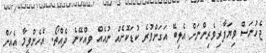
ޖެހުނަސް ވިޔަފާރިވެރިންނަށް އެލިބޭ އަގަށްވުރެ ކުޑަކޮށެއް ނުއެއް ވިއްކޭނެ ދެއްތޯ. އެހެންވީމާ އެއަށް